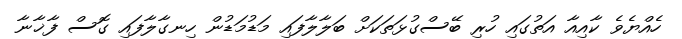
ހެއްޔެވެ ކާއިއާ އަތުގައި ހުރި ބޭސްގުޅަތަކަށް ބަލާލާފައި މަޑުމަޑުން ހިނގާލާފައި ގޮސް ފާޚާނާ